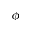
\phi